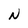
Character: N